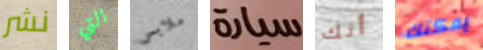
نشر التي ملابس سيارة أنك يمكنك